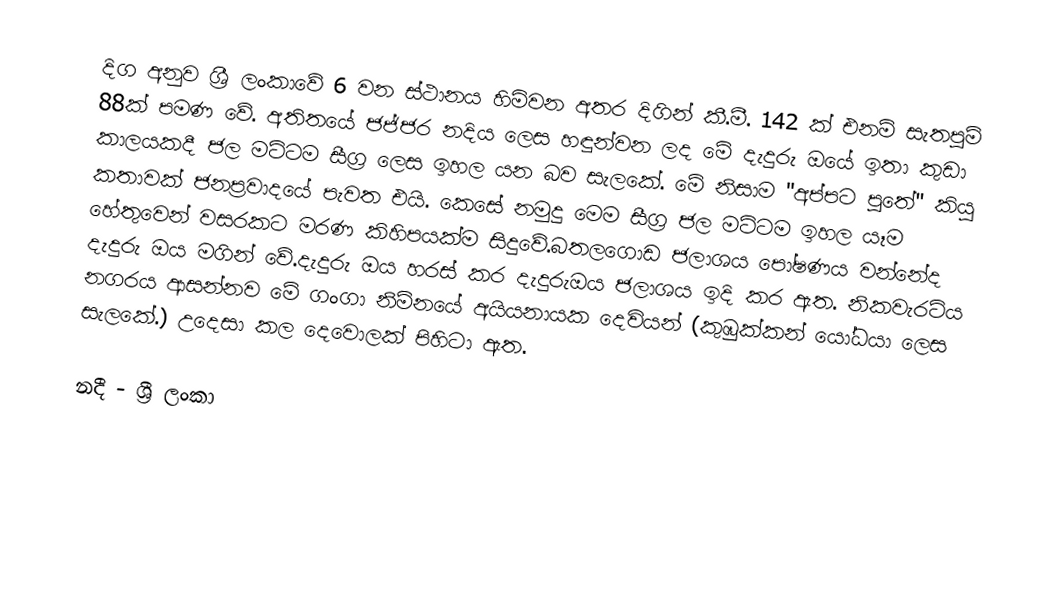
දිග අනුව ශ්‍රී ලංකාවේ 6 වන ස්ථානය හිමිවන අතර දිගින් කී.මී. 142 ක් එනම් සැතපුම් 88ක් පමණ වේ. අතිතයේ ජජ්ජර නදිය ලෙස හඳුන්වන ලද මේ දැදුරු ඔයේ ඉතා කුඩා කාලයකදී ජල මට්ටම සීග්‍ර ලෙස ඉහල යන බව සැලකේ. මේ නිසාම "අප්පට පුතේ" කියූ කතාවක් ජනප්‍රවාදයේ පැවත එයි. කෙසේ නමුදු මෙම සීග්‍ර ජල මට්ටම ඉහල යෑම හේතුවෙන් වසරකට මරණ කිහිපයක්ම සිදුවේ.බතලගොඩ ජලාශය පෝෂණය වන්නේද දැදුරු ඔය මගින් වේ.දැදුරු ඔය හරස් කර දැදුරුඔය ජලාශය ඉදි කර ඇත. නිකවැරටිය නගරය ආසන්නව මේ ගංගා නිම්නයේ අයියනායක දෙවියන් (කුඹුක්කන් යෝධයා ලෙස සැලකේ.) උදෙසා කල දෙවොලක් පිහිටා ඇත.

නදී - ශ්‍රී ලංකා